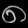
Digit: ၈